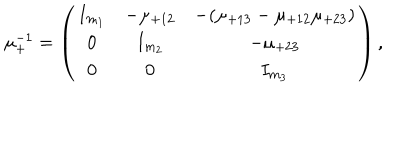
LaTeX: \mu _ { + } ^ { - 1 } = \left( \begin{array} { c c c } { { I _ { m _ { 1 } } } } & { { - \mu _ { + 1 2 } } } & { { - ( \mu _ { + 1 3 } - \mu _ { + 1 2 } \mu _ { + 2 3 } ) } } \\ { { 0 } } & { { I _ { m _ { 2 } } } } & { { - \mu _ { + 2 3 } } } \\ { { 0 } } & { { 0 } } & { { I _ { m _ { 3 } } } } \\ \end{array} \right) ,